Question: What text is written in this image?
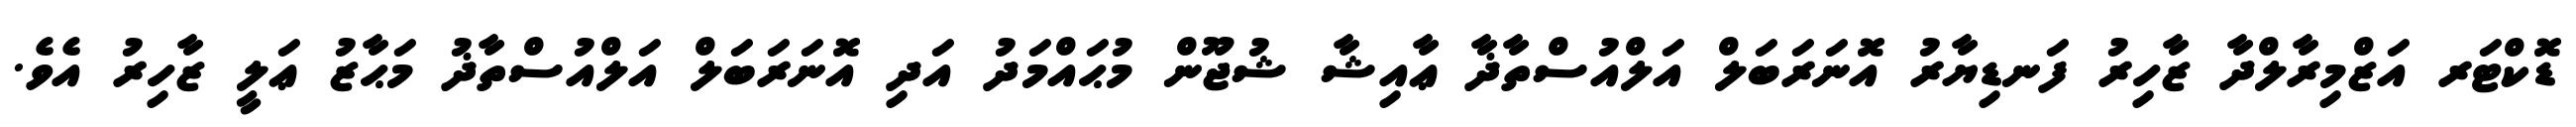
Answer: ޑޮކްޓަރ އަޒްމިރާލްދާ ޒާހިރު ފަނޑިޔާރު އޮނަރަބަލް އަލްއުސްތާޛާ ޢާއިޝާ ޝުޖޫން މުޙައްމަދު އަދި އޮނަރަބަލް އަލްއުސްތާޛު މަޙާޒު ޢަލީ ޒާހިރު އެވެ.